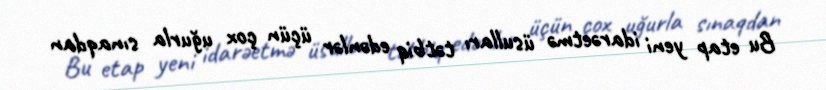
Bu etap yeni idarəetmə üsulları tətbiq edənlər üçün çox uğurla sınaqdan